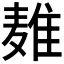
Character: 𱋜